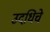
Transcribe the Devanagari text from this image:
उदधिचे